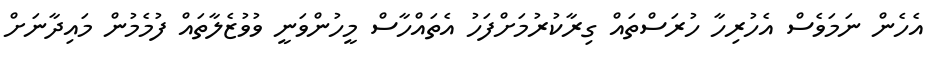
އެހެން ނަމަވެސް އެހުރިހާ ހުރަސްތައް ގިރާކުރުމަށްފަހު އެތައްހާސް މީހުންވަނީ ވުވުޒެލާތައް ފުމެމުން މައިދާނަށް